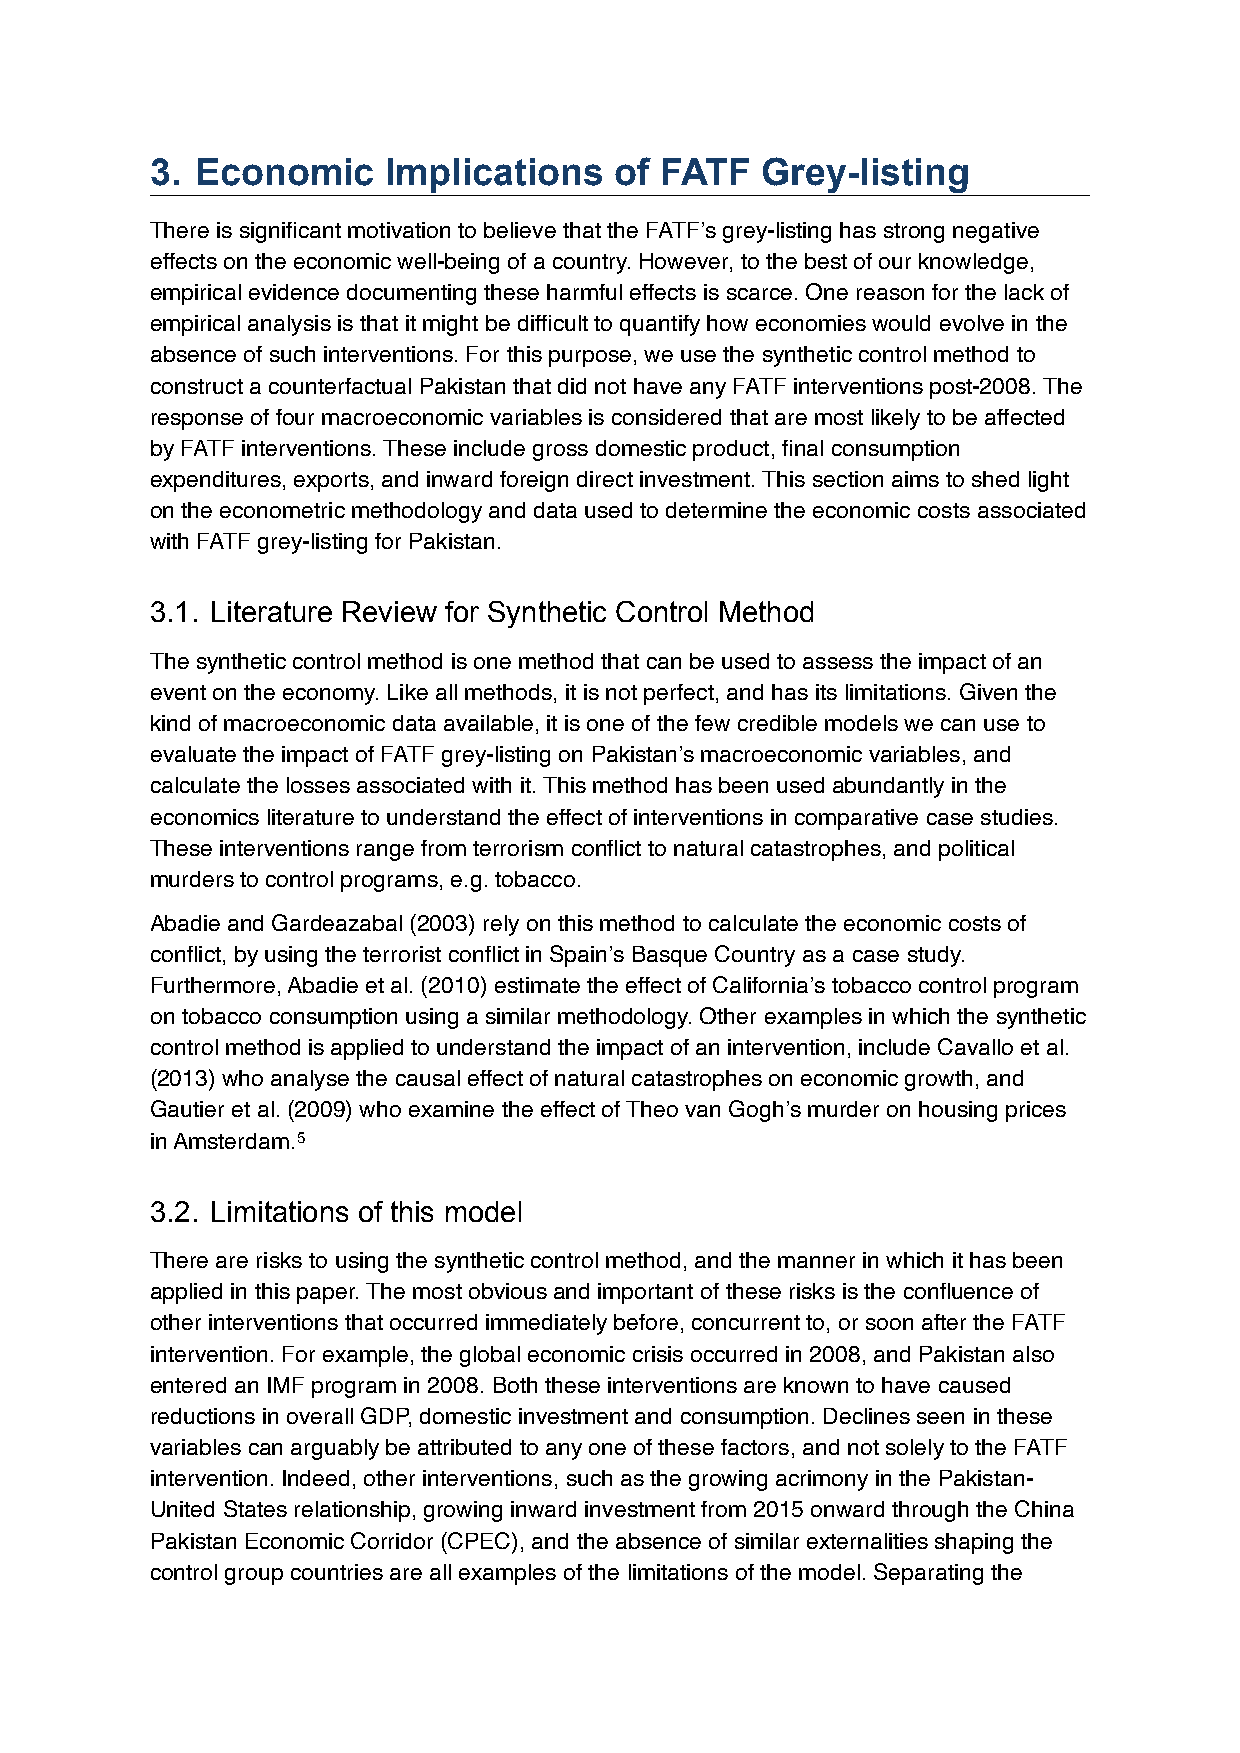
3. Economic    Implications    of FATF  Grey-listing
 There is significant motivation to believe that the FATF’s grey-listing has strong negative
 effects on the economic well-being of a country. However, to the best of our knowledge,
 empirical evidence documenting these harmful effects is scarce. One reason for the lack of
 empirical analysis is that it might be difficult to quantify how economies would evolve in the
 absence of such interventions. For this purpose, we use the synthetic control method to
 construct a counterfactual Pakistan that did not have any FATF interventions post-2008. The
 response of four macroeconomic variables is considered that are most likely to be affected
 by FATF interventions. These include gross domestic product, final consumption
 expenditures, exports, and inward foreign direct investment. This section aims to shed light
 on the econometric methodology and data used to determine the economic costs associated
 with FATF grey-listing for Pakistan.
 3.1. Literature Review for Synthetic Control Method
 The synthetic control method is one method that can be used to assess the impact of an
 event on the economy. Like all methods, it is not perfect, and has its limitations. Given the
 kind of macroeconomic data available, it is one of the few credible models we can use to
 evaluate the impact of FATF grey-listing on Pakistan’s macroeconomic variables, and
 calculate the losses associated with it. This method has been used abundantly in the
 economics literature to understand the effect of interventions in comparative case studies.
 These interventions range from terrorism conflict to natural catastrophes, and political
 murders to control programs, e.g. tobacco.
 Abadie and Gardeazabal (2003) rely on this method to calculate the economic costs of
 conflict, by using the terrorist conflict in Spain’s Basque Country as a case study.
 Furthermore, Abadie et al. (2010) estimate the effect of California’s tobacco control program
 on tobacco consumption using a similar methodology. Other examples in which the synthetic
 control method is applied to understand the impact of an intervention, include Cavallo et al.
 (2013) who analyse the causal effect of natural catastrophes on economic growth, and
 Gautier et al. (2009) who examine the effect of Theo van Gogh’s murder on housing prices
 in Amsterdam.5
 3.2. Limitations of this model
 There are risks to using the synthetic control method, and the manner in which it has been
 applied in this paper. The most obvious and important of these risks is the confluence of
 other interventions that occurred immediately before, concurrent to, or soon after the FATF
 intervention. For example, the global economic crisis occurred in 2008, and Pakistan also
 entered an IMF program in 2008. Both these interventions are known to have caused
 reductions in overall GDP, domestic investment and consumption. Declines seen in these
 variables can arguably be attributed to any one of these factors, and not solely to the FATF
 intervention. Indeed, other interventions, such as the growing acrimony in the Pakistan-
 United States relationship, growing inward investment from 2015 onward through the China
 Pakistan Economic Corridor (CPEC), and the absence of similar externalities shaping the
 control group countries are all examples of the limitations of the model. Separating the